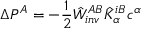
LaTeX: \Delta P ^ { A } = - \frac { 1 } { 2 } \hat { W } _ { i n v } ^ { A B } \hat { K } _ { \alpha } ^ { i B } c ^ { \alpha }